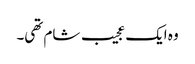
وہ ایک عجیب شام تھی۔